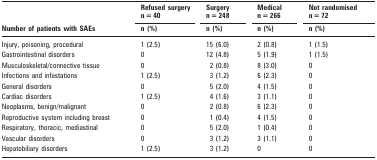
<table><thead><tr><td rowspan="2"><b>Number of patients with SAEs</b></td><td><b>Refused surgery n = 40</b></td><td><b>Surgery n = 248</b></td><td><b>Medical n = 266</b></td><td><b>Not randomised n = 72</b></td></tr><tr><td><b>n (%)</b></td><td><b>n (%)</b></td><td><b>n (%)</b></td><td><b>n (%)</b></td></tr></thead><tbody><tr><td>Injury, poisoning, procedural</td><td>1 (2.5)</td><td>15 (6.0)</td><td>2 (0.8)</td><td>1 (1.5)</td></tr><tr><td>Gastrointestinal disorders</td><td>0</td><td>12 (4.8)</td><td>5 (1.9)</td><td>1 (1.5)</td></tr><tr><td>Musculoskeletal/connective tissue</td><td>0</td><td>2 (0.8)</td><td>8 (3.0)</td><td>0</td></tr><tr><td>Infections and infestations</td><td>1 (2.5)</td><td>3 (1.2)</td><td>6 (2.3)</td><td>0</td></tr><tr><td>General disorders</td><td>0</td><td>5 (2.0)</td><td>4 (1.5)</td><td>0</td></tr><tr><td>Cardiac disorders</td><td>1 (2.5)</td><td>4 (1.6)</td><td>3 (1.1)</td><td>0</td></tr><tr><td>Neoplasms, benign/malignant</td><td>0</td><td>2 (0.8)</td><td>6 (2.3)</td><td>0</td></tr><tr><td>Reproductive system including breast</td><td>0</td><td>1 (0.4)</td><td>4 (1.5)</td><td>0</td></tr><tr><td>Respiratory, thoracic, mediastinal</td><td>0</td><td>5 (2.0)</td><td>1 (0.4)</td><td>0</td></tr><tr><td>Vascular disorders</td><td>0</td><td>3 (1.2)</td><td>3 (1.1)</td><td>0</td></tr><tr><td>Hepatobiliary disorders</td><td>1 (2.5)</td><td>3 (1.2)</td><td>0</td><td>0</td></tr></tbody></table>